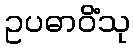
ဥပဓာဝိံသု